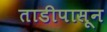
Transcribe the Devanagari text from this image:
ताडीपासून